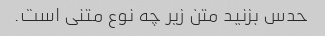
حدس بزنید متن زیر چه نوع متنی است.